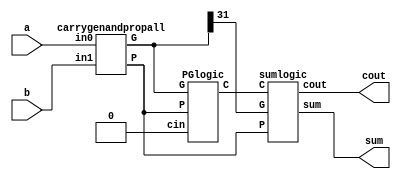
module bitBKadder(a,b,sum,cout);
    input [31:0] a;
    input [31:0] b;
    output [31:0] sum;
    output cout;
    wire [31:0]G;
    wire [31:0]P;
    wire [31:0]C;
    carrygenandpropall c1(a[31:0],b[31:0],G[31:0],P[31:0]);
    PGlogic P1(G[31:0],P[31:0],1'b0,C[31:0]);
    sumlogic s1(C[31:0],P[31:0],G[31],sum[31:0],cout);
endmodule


module sumlogic(C,P,G,sum,cout);
    input [31:0]C;
    input [31:0]P;
    input G;
    output [31:0]sum;
    output cout;
    wire w1;
    xor x1(sum[0],C[0],P[0]);
    xor x2(sum[1],C[1],P[1]);
    xor x3(sum[2],C[2],P[2]);
    xor x4(sum[3],C[3],P[3]);
    xor x5(sum[4],C[4],P[4]);
    xor x6(sum[5],C[5],P[5]);
    xor x7(sum[6],C[6],P[6]);
    xor x8(sum[7],C[7],P[7]);
    xor x9(sum[8],C[8],P[8]);
    xor x10(sum[9],C[9],P[9]);
    xor x11(sum[10],C[10],P[10]);
    xor x12(sum[11],C[11],P[11]);
    xor x13(sum[12],C[12],P[12]);
    xor x14(sum[13],C[13],P[13]);
    xor x15(sum[14],C[14],P[14]);
    xor x16(sum[15],C[15],P[15]);
    xor x17(sum[16],C[16],P[16]);
    xor x18(sum[17],C[17],P[17]);
    xor x19(sum[18],C[18],P[18]);
    xor x20(sum[19],C[19],P[19]);
    xor x21(sum[20],C[20],P[20]);
    xor x22(sum[21],C[21],P[21]);
    xor x23(sum[22],C[22],P[22]);
    xor x24(sum[23],C[23],P[23]);
    xor x25(sum[24],C[24],P[24]);
    xor x26(sum[25],C[25],P[25]);
    xor x27(sum[26],C[26],P[26]);
    xor x28(sum[27],C[27],P[27]);
    xor x29(sum[28],C[28],P[28]);
    xor x30(sum[29],C[29],P[29]);
    xor x31(sum[30],C[30],P[30]);
    xor x32(sum[31],C[31],P[31]);
    and a1(w1,P[31],C[31]);
    or o1(cout,G,w1);
endmodule



module PGlogic(G,P,cin,C);
    input [31:0]G;
    input [31:0]P;
    input cin;
    output [31:0]C; 
    wire G10,G32,P32,G76,P76,G98,P98,G1110,P1110,G1312,P1312,G1514,P1514,G74,P74,G118,P118,G1512,P1512,G30,G158,P158,G150,G70,G110;
    wire G50,G60,G90,G130,G20,G40,G80,G100,G120,G140;
    wire G1716,P1716,G1918,P1918,G2120,P2120,G2322,P2322,G2524,P2524,G2726,P2726,G2928,P2928,G3130,P3130;
    wire G1916,P1916,G2320,P2320,G2724,P2724,G3128,P3128;
    wire G2316,P2316,G3124,P3124;
    wire G3116,P3116,G310,G230,G190,G270,G170,G210,G250,G290,G160,G180,G200,G220,G240,G260,G280,G300,G320;
    //level1
    graycell g1(G[1],P[1],G[0],G10);
    blackcell b1(G[3],P[3],G[2],P[2],G32,P32);
    blackcell b2(G[5],P[5],G[4],P[4],G54,P54);
    blackcell b3(G[7],P[7],G[6],P[6],G76,P76);
    blackcell b4(G[9],P[9],G[8],P[8],G98,P98);
    blackcell b5(G[11],P[11],G[10],P[10],G1110,P1110);
    blackcell b6(G[13],P[13],G[12],P[12],G1312,P1312);
    blackcell b7(G[15],P[15],G[14],P[14],G1514,P1514);
    blackcell b8(G[17],P[17],G[16],P[16],G1716,P1716);
    blackcell b9(G[19],P[19],G[18],P[18],G1918,P1918);
    blackcell b10(G[21],P[21],G[20],P[20],G2120,P2120);
    blackcell b11(G[23],P[23],G[22],P[22],G2322,P2322);
    blackcell b12(G[25],P[25],G[24],P[24],G2524,P2524);
    blackcell b13(G[27],P[27],G[26],P[26],G2726,P2726);
    blackcell b14(G[29],P[29],G[28],P[28],G2928,P2928);
    blackcell b15(G[31],P[31],G[30],P[30],G3130,P3130);
    //level 2
    graycell g2(G32,P32,G10,G30);
    blackcell b16(G76,P76,G54,P54,G74,P74);
    blackcell b17(G1110,P1110,G98,P98,G118,P118);
    blackcell b18(G1514,P1514,G1312,P1312,G1512,P1512);
    blackcell b19(G1514,P1514,G1312,P1312,G1512,P1512);
    blackcell b20(G1918,P1918,G1716,P1716,G1916,P1916);
    blackcell b21(G2322,P2322,G2120,P2120,G2320,P2320);
    blackcell b22(G2726,P2726,G2524,P2524,G2724,P2724);
    blackcell b23(G3130,P3130,G2928,P2928,G3128,P3128);
    //level 3
    graycell g3(G74,P74,G30,G70);
    blackcell b24(G1512,P1512,G118,P118,G158,P158);
    blackcell b25(G2320,P2320,G1916,P1916,G2316,P2316);
    blackcell b26(G3128,P3128,G2724,P2724,G3124,P3124);
    //level 4
    graycell g4(G158,P158,G70,G150);
    blackcell b27(G3124,P3124,G2316,P2316,G3116,P3116);
    graycell g5(G3116,P3116,G150,G310);
    //level 5
    graycell g6(G118,P118,G70,G110);
    graycell g7(G54,P54,G30,G50);
    graycell g8(G98,P98,G70,G90);
    graycell g9(G1312,P1312,G110,G130);
    graycell g10(G[2],P[2],G10,G20);
    graycell g11(G[4],P[4],G30,G40);
    graycell g12(G[6],P[6],G50,G60);
    graycell g13(G[8],P[8],G70,G80);
    graycell g14(G[10],P[10],G90,G100);
    graycell g15(G[12],P[12],G110,G120);
    graycell g16(G[14],P[14],G130,G140);
    graycell g17(G2316,P2316,G150,G230);
    graycell g18(G1916,P1916,G150,G190);
    graycell g19(G2724,P2724,G230,G270);
    graycell g20(G1716,P1716,G150,G170);
    graycell g21(G2120,P2120,G190,G210);
    graycell g22(G2524,P2524,G230,G250);
    graycell g23(G2928,P2928,G270,G290);
    graycell g24(G[16],P[16],G150,G160);
    graycell g25(G[18],P[18],G170,G180);
    graycell g26(G[20],P[20],G190,G200);
    graycell g27(G[22],P[22],G210,G220);
    graycell g28(G[24],P[24],G230,G240);
    graycell g29(G[26],P[26],G250,G260);
    graycell g30(G[28],P[28],G270,G280);
    graycell g31(G[30],P[30],G290,G300);
    graycell g32(G[32],P[32],G310,G320);

    assign C[0] = cin;
    assign C[1] = G[0];
    assign C[2] = G10;
    assign C[3] = G20;
    assign C[4] = G30;
    assign C[5] = G40;
    assign C[6] = G50;
    assign C[7] = G60;
    assign C[8] = G70;
    assign C[9] = G80;
    assign C[10] = G90;
    assign C[11] = G100;
    assign C[12] = G110;
    assign C[13] = G120;
    assign C[14] = G130;
    assign C[15] = G140;
    assign C[16] = G150;
    assign C[17] = G160;
    assign C[18] = G170;
    assign C[19] = G180;
    assign C[20] = G190;
    assign C[21] = G200;
    assign C[22] = G210;
    assign C[23] = G220;
    assign C[15] = G140;
    assign C[16] = G150;
    assign C[17] = G160;
    assign C[18] = G170;
    assign C[19] = G180;
    assign C[20] = G190;
    assign C[21] = G200;
    assign C[22] = G210;
    assign C[23] = G220;
    assign C[24] = G230;
    assign C[25] = G240;
    assign C[26] = G250;
    assign C[27] = G260;
    assign C[28] = G270;
    assign C[29] = G280;
    assign C[30] = G290;
    assign C[31] = G300;
endmodule




module carrygenandpropall(in0,in1,G,P);
    input [31:0] in0;
    input [31:0] in1;
    output [31:0] G;
    output [31:0] P;
    carrygenandprop1 c1(in0[0],in1[0],G[0],P[0]);
    carrygenandprop1 c2(in0[1],in1[1],G[1],P[1]);
    carrygenandprop1 c3(in0[2],in1[2],G[2],P[2]);
    carrygenandprop1 c4(in0[3],in1[3],G[3],P[3]);
    carrygenandprop1 c5(in0[4],in1[4],G[4],P[4]);
    carrygenandprop1 c6(in0[5],in1[5],G[5],P[5]);
    carrygenandprop1 c7(in0[6],in1[6],G[6],P[6]);
    carrygenandprop1 c8(in0[7],in1[7],G[7],P[7]);
    carrygenandprop1 c9(in0[8],in1[8],G[8],P[8]);
    carrygenandprop1 c10(in0[9],in1[9],G[9],P[9]);
    carrygenandprop1 c11(in0[10],in1[10],G[10],P[10]);
    carrygenandprop1 c12(in0[11],in1[11],G[11],P[11]);
    carrygenandprop1 c13(in0[12],in1[12],G[12],P[12]);
    carrygenandprop1 c14(in0[13],in1[13],G[13],P[13]);
    carrygenandprop1 c15(in0[14],in1[14],G[14],P[14]);
    carrygenandprop1 c16(in0[15],in1[15],G[15],P[15]);
    carrygenandprop1 c17(in0[16],in1[16],G[16],P[16]);
    carrygenandprop1 c18(in0[17],in1[17],G[17],P[17]);
    carrygenandprop1 c19(in0[18],in1[18],G[18],P[18]);
    carrygenandprop1 c20(in0[19],in1[19],G[19],P[19]);
    carrygenandprop1 c21(in0[20],in1[20],G[20],P[20]);
    carrygenandprop1 c22(in0[21],in1[21],G[21],P[21]);
    carrygenandprop1 c23(in0[22],in1[22],G[22],P[22]);
    carrygenandprop1 c24(in0[23],in1[23],G[23],P[23]);
    carrygenandprop1 c25(in0[24],in1[24],G[24],P[24]);
    carrygenandprop1 c26(in0[25],in1[25],G[25],P[25]);
    carrygenandprop1 c27(in0[26],in1[26],G[26],P[26]);
    carrygenandprop1 c28(in0[27],in1[27],G[27],P[27]);
    carrygenandprop1 c29(in0[28],in1[28],G[28],P[28]);
    carrygenandprop1 c30(in0[29],in1[29],G[29],P[29]);
    carrygenandprop1 c31(in0[30],in1[30],G[30],P[30]);
    carrygenandprop1 c32(in0[31],in1[31],G[31],P[31]);
endmodule


module graycell(G,P,Gi,GG);
    input G;
    input P;
    input Gi;
    output GG;
    wire w1;
    and a1(w1,P,Gi);
    or o1(GG,w1,G);
endmodule

module blackcell(G,P,Gi,Pi,GB,PB);
    input  G;
    input  P;
    input  Gi;
    input  Pi;
    output GB;
    output PB;
    wire w1;
    and a1(w1,P,Gi);
    or o1(GB,G,w1);
    and a2(PB,P,Pi);
endmodule

module carrygenandprop1(in0,in1,G,P);
    input in0;
    input in1;
    output G;
    output P;
    and a1(G,in0,in1);
    xor x1(P,in0,in1);
endmodule